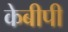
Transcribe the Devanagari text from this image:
केबीपी